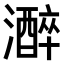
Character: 𤂭